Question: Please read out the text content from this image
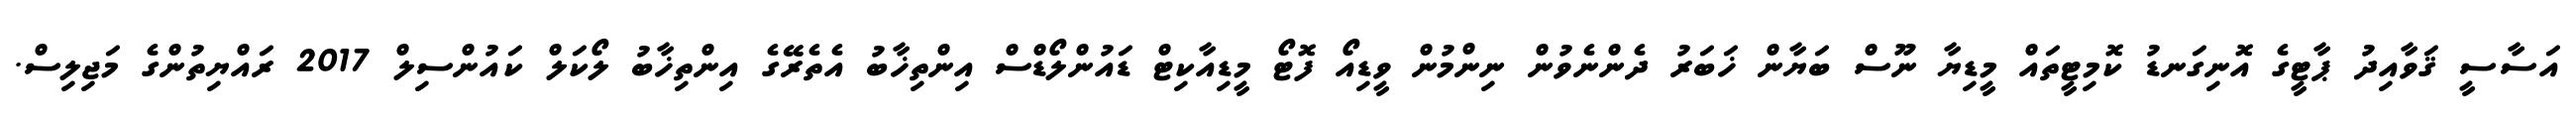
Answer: އަސާސީ ޤަވާއިދު ޕާޓީގެ އޮނިގަނޑު ކޮމިޓީތައް މީޑިޔާ ނޫސް ބަޔާން ޚަބަރު ދެންނެވުން ނިންމުން ވީޑިއޯ ފޮޓޯ މީޑިއާކިޓް ޑައުންލޯޑްސް އިންތިޚާބު އެތެރޭގެ އިންތިޚާބު ލޯކަލް ކައުންސިލް 2017 ރައްޔިތުންގެ މަޖިލިސް.